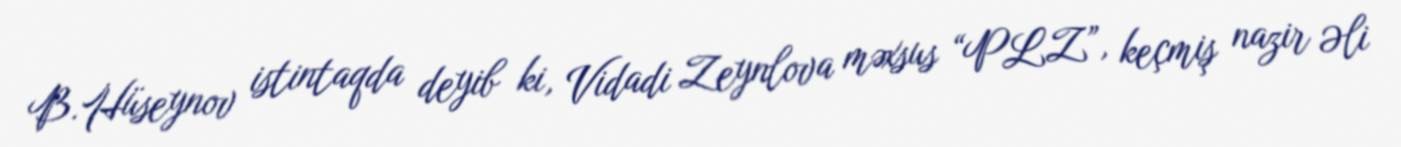
B.Hüseynov istintaqda deyib ki, Vidadi Zeynlova məxsus “PLZ”, keçmiş nazir Əli